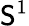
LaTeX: \mathsf{S}^{1}